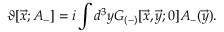
\vartheta [ { \vec { x } } ; A _ { - } ] = i \int d ^ { 3 } y { \cal G } _ { ( - ) } [ \vec { x } , \vec { y } ; 0 ] A _ { - } ( \vec { y } ) .